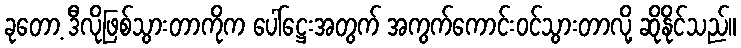
ခုတော့ ဒီလိုဖြစ်သွားတာကိုက ပေါ်ဋ္ဌေးအတွက် အကွက်ကောင်းဝင်သွားတာလို့ ဆိုနိုင်သည်။